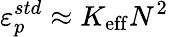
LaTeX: \varepsilon_{p}^{std}\approx K_{\mathrm{eff}}N^{2}